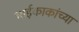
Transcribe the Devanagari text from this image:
भाईकाकांच्या